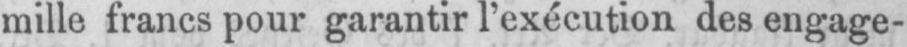
mille francs pour garantir l’exécution des engage-